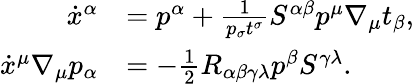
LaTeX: \begin{array}{rl}{\dot{x}^{\alpha}}&{=p^{\alpha}+\frac{1}{p_{\sigma}t^{\sigma}}S^{\alpha\beta}p^{\mu}\nabla_{\mu}t_{\beta},}\\ {\dot{x}^{\mu}\nabla_{\mu}p_{\alpha}}&{=-\frac{1}{2}R_{\alpha\beta\gamma\lambda}p^{\beta}S^{\gamma\lambda}.}\end{array}